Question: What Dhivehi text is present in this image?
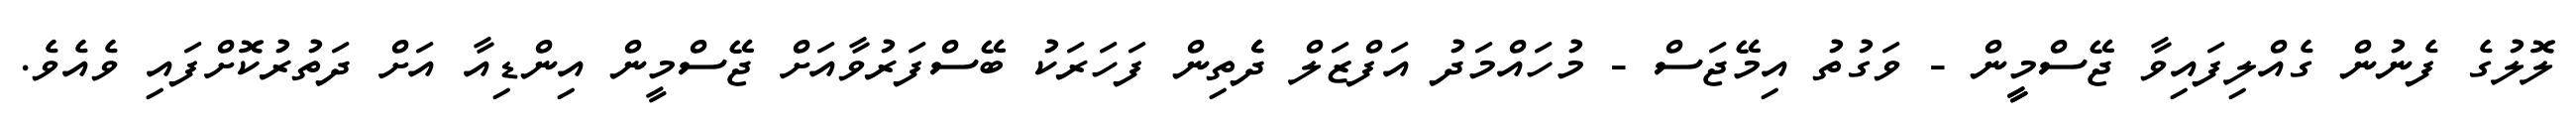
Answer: ލޮލުގެ ފެނުން ގެއްލިފައިވާ ޖޭސްމީީން - ވަގުތު އިމޭޖަސް - މުހައްމަދު އަފްޒަލް ދެެތިން ފަހަރަކު ބޭސްފަރުވާއަށް ޖޭސްމީން އިންޑިއާ އަށް ދަތުރުކޮށްފައި ވެއެވެ.